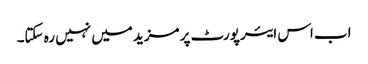
اب اس ایئرپورٹ پر مزید میں نہیں رہ سکتا۔